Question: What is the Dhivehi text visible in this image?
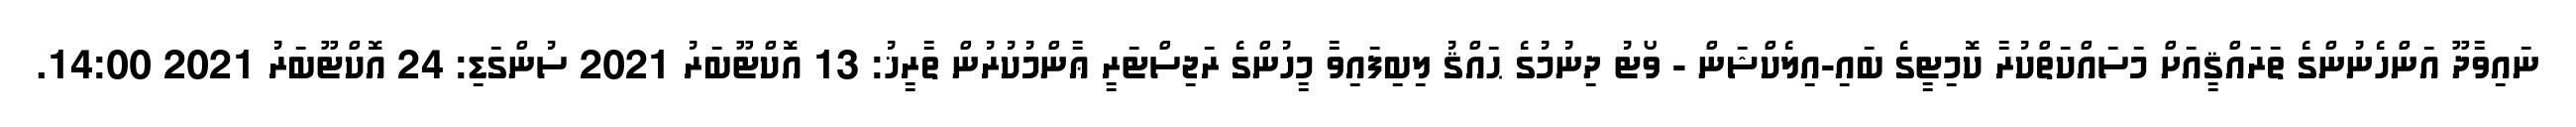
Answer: ނައިވާދޫ އަންހެނުންގެ ތަރައްޤީއަށް މަސައްކަތްކުރާ ކޮމިޓީގެ ބައި-އިލެކްޝަން - ވޯޓު ދިނުމުގެ ޙައްޤު ލިބިފައިވާ މީހުންގެ ރަޖިސްޓަރީ ޢާންމުކުރުން ތާރީޚު: 13 އޮކްޓޫބަރު 2021 ސުންގަޑި: 24 އޮކްޓޫބަރު 2021 14:00.